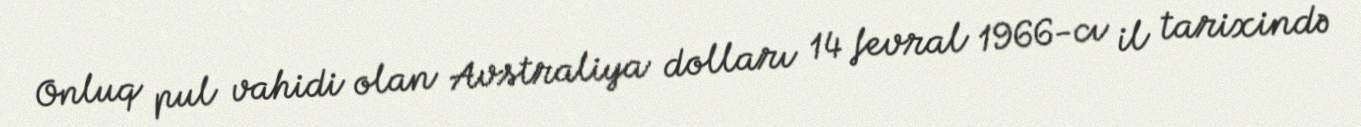
Onluq pul vahidi olan Avstraliya dolları 14 fevral 1966-cı il tarixində